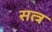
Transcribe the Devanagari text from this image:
सत्त्र